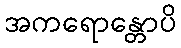
အကရောန္တောပိ